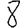
Digit: 8